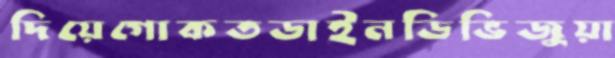
দিয়েগোকতডাইনডিভিজুয়া